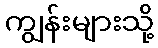
ကျွန်းများသို့